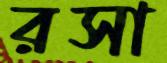
রসা